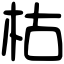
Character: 枯